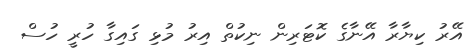
އޭރު ކިޔާރާ އޭނާގެ ކޮޓަރިން ނިކުތް އިރު މުޅި ގައިގާ ހުރީ ހުސް